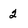
Character: 2